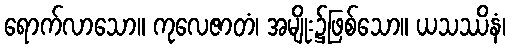
ရောက်လာသော။ ကုလေဇာတံ၊ အမျိုး၌ဖြစ်သော။ ယသဿိနံ၊